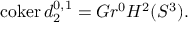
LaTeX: \operatorname { c o k e r } d _ { 2 } ^ { 0 , 1 } = G r ^ { 0 } H ^ { 2 } ( S ^ { 3 } ) .